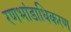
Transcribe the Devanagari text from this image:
रणभांडाधिकरण